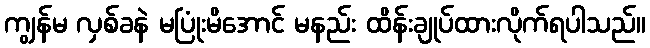
ကျွန်မ လှစ်ခနဲ မပြုံးမိအောင် မနည်း ထိန်းချုပ်ထားလိုက်ရပါသည်။